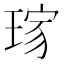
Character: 𤦓